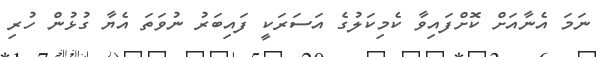
ނަމަ އެނާއަށް ކޮށްފައިވާ ކެމިކަލުގެ އަސަރަކީ ފައިބަރު ނުވަތަ އެޔާ ގުޅުން ހުރި